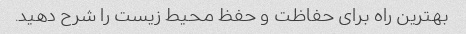
بهترین راه برای حفاظت و حفظ محیط زیست را شرح دهید.